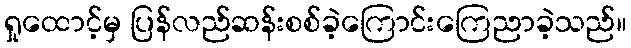
ရှုထောင့်မှ ပြန်လည်ဆန်းစစ်ခဲ့ကြောင်းကြေညာခဲ့သည်။